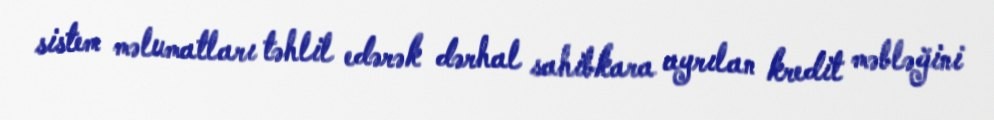
sistem məlumatları təhlil edərək dərhal sahibkara ayrılan kredit məbləğini